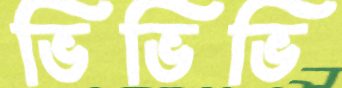
ভিভিভি